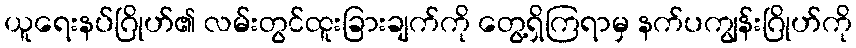
ယူရေးနပ်ဂြိုဟ်၏ လမ်းတွင်ထူးခြားချက်ကို တွေ့ရှိကြရာမှ နက်ပကျွန်းဂြိုဟ်ကို